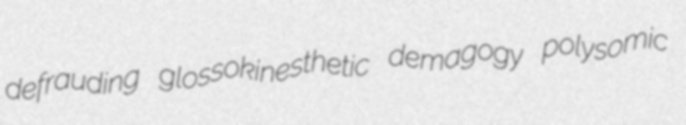
defrauding glossokinesthetic demagogy polysomic